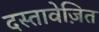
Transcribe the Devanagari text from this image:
दस्तावेज़ित